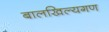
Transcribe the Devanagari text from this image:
बालखिल्यगण